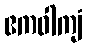
ဧကဝါကျံ